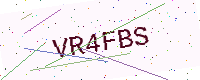
Text: VR4FBS